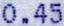
0.45